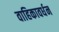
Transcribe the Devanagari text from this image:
वाहिकावर्धन